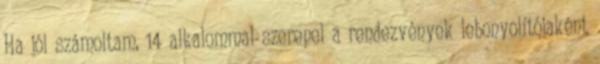
Ha jól számoltam, 14 alkalommal szerepel a rendezvények lebonyolítójaként